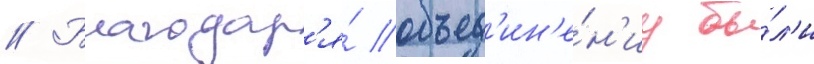
// Благодар'я́ объед'ин'е́н'иу бы́л'и